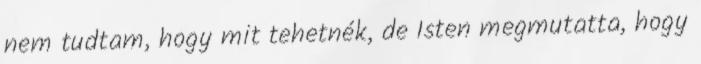
nem tudtam, hogy mit tehetnék, de Isten megmutatta, hogy